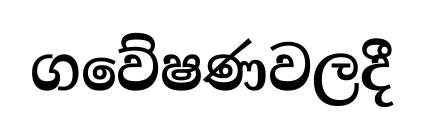
ගවේෂණවලදී